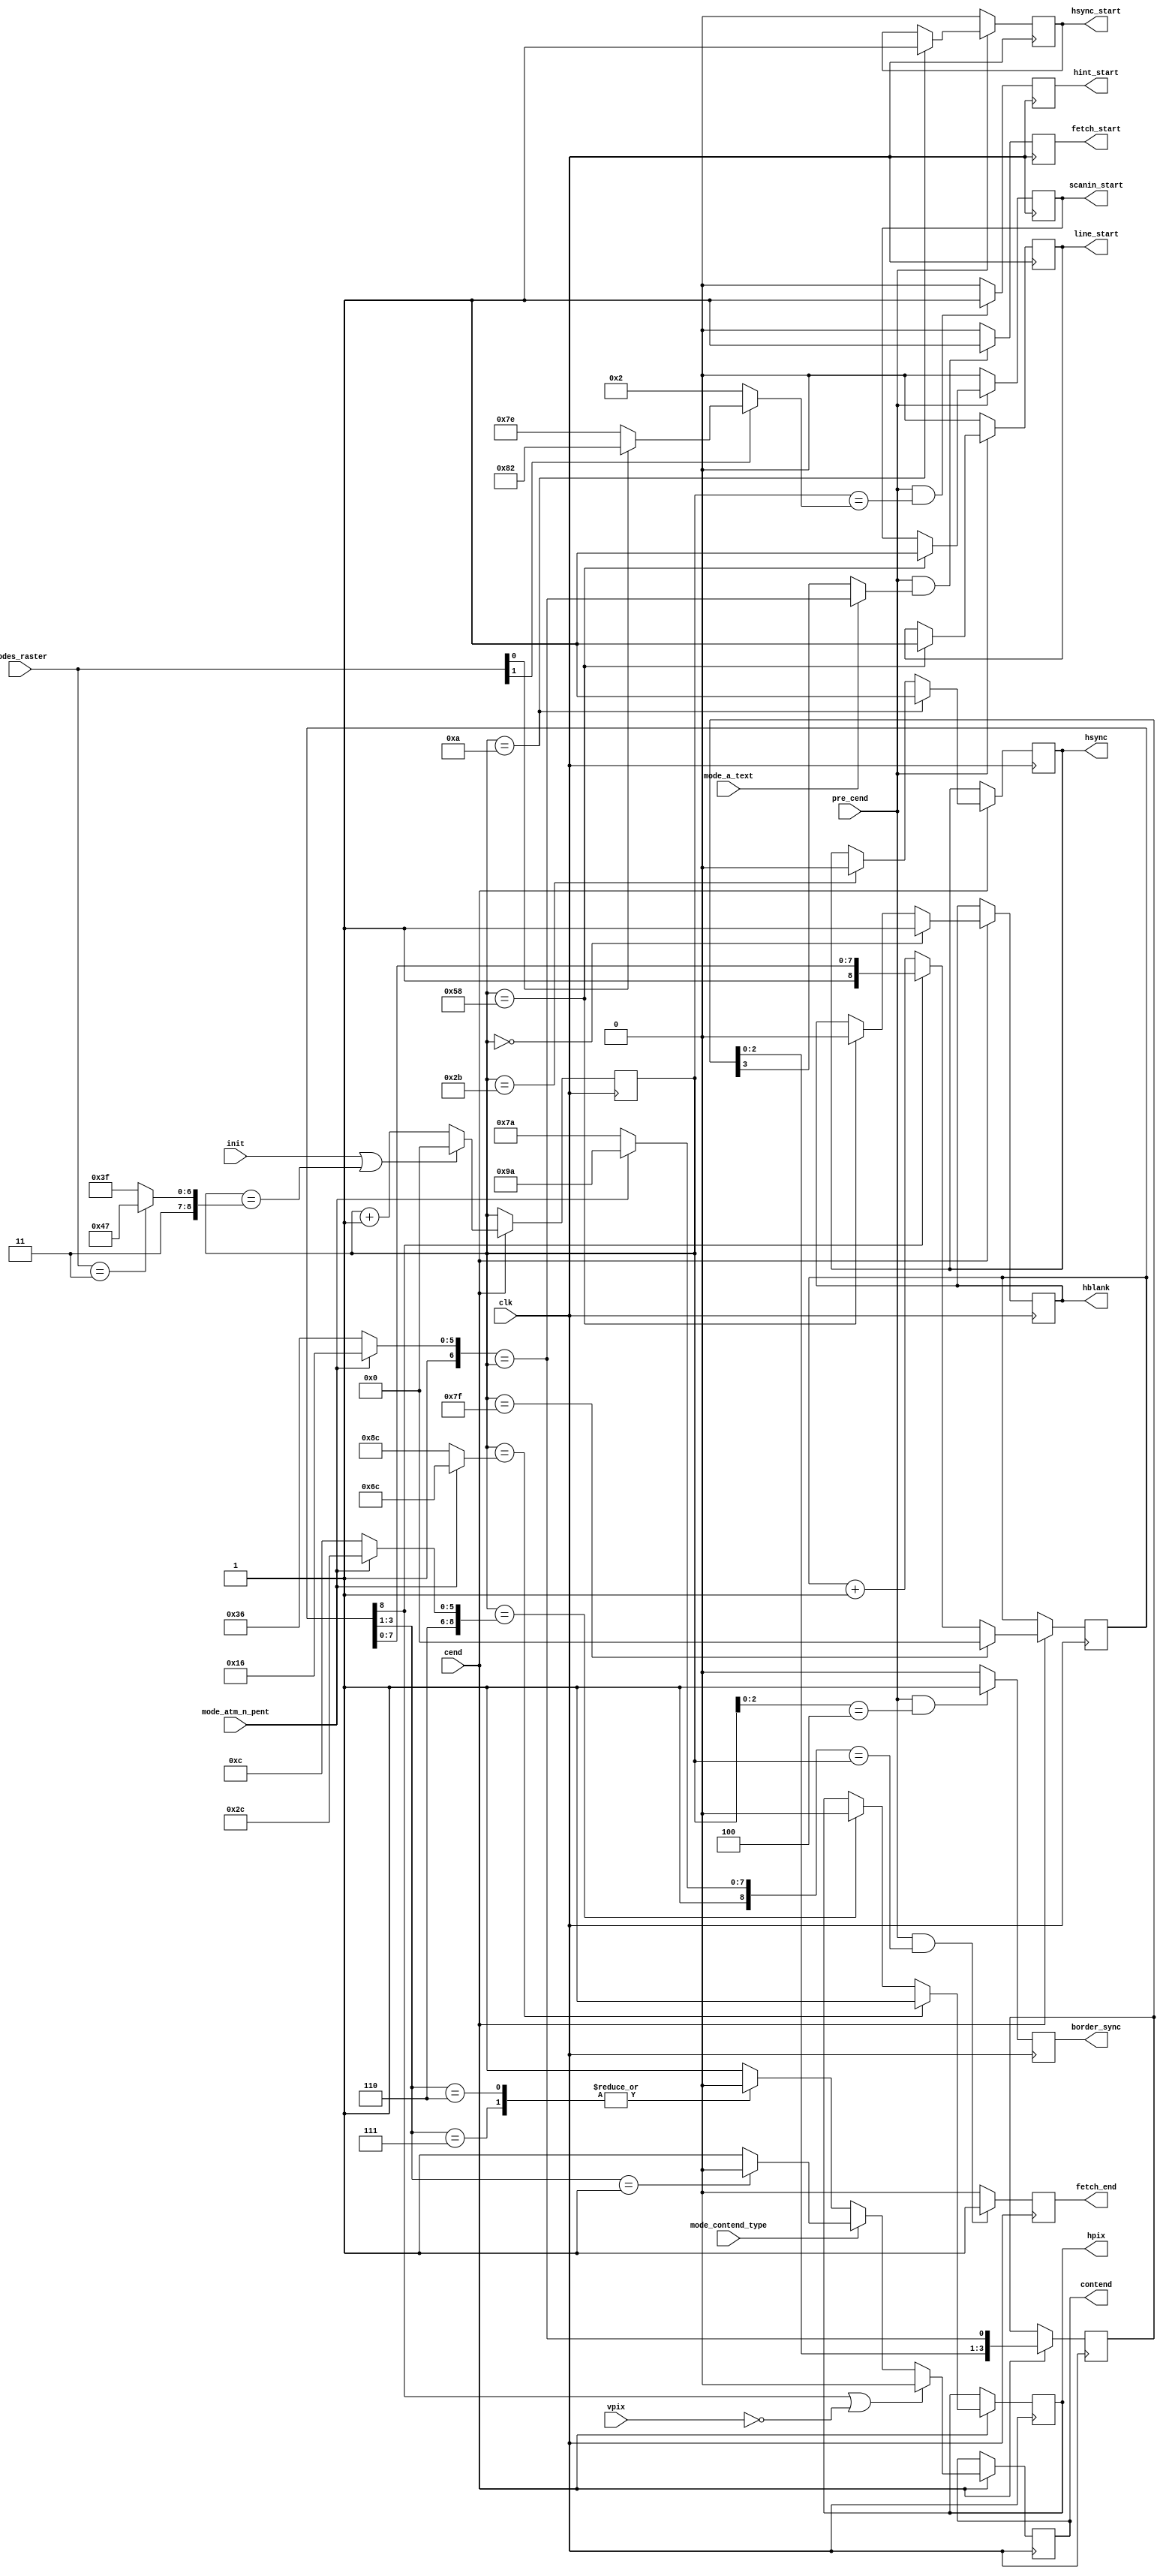
module video_sync_h(

	input  wire        clk,

	input  wire        init, // one-pulse strobe read at cend==1, initializes phase
	                         // this is mainly for phasing with CPU clock 3.5/7 MHz
	                         // still not used, but this may change anytime

	input  wire        cend,     // working strobes from DRAM controller (7MHz)
	input  wire        pre_cend,


	// modes inputs
	input  wire        mode_atm_n_pent,
	input  wire        mode_a_text,

	input  wire [ 1:0] modes_raster,
	input  wire        mode_contend_type, 

	output reg         hblank,
	output reg         hsync,

	output reg         line_start,  // 1 video cycle prior to actual start of visible line
	output reg         hsync_start, // 1 cycle prior to beginning of hsync: used in frame sync/blank generation
	                                // these signals coincide with cend

	output reg         hint_start, // horizontal position of INT start, for fine tuning

	output reg         scanin_start,

	input  wire        vpix,
	output reg         hpix, // marks gate during which pixels are outting

	output reg         contend, // for 48k/128k CPU contention

	output reg         border_sync, // for 48k/128k 4t border emulation

	                                // these signals turn on and turn off 'go' signal
	output reg         fetch_start, // 18 cycles earlier than hpix, coincide with cend
	output reg         fetch_end    // --//--

);


	localparam HBLNK_BEG = 9'd00;
	localparam HSYNC_BEG = 9'd10;
	localparam HSYNC_END = 9'd43;
	localparam HBLNK_END = 9'd88;

	// pentagon (x256)
	localparam HPIX_BEG_PENT = 9'd140; // 52 cycles from line_start to pixels beginning
	localparam HPIX_END_PENT = 9'd396;

	// atm (x320)
	localparam HPIX_BEG_ATM = 9'd108; // 52 cycles from line_start to pixels beginning
	localparam HPIX_END_ATM = 9'd428;


	localparam FETCH_FOREGO = 9'd18; // consistent with older go_start in older fetch.v:
	                                 // actual data starts fetching 2 dram cycles after
					 // 'go' goes to 1, screen output starts another
					 // 16 cycles after 1st data bundle is fetched


	localparam SCANIN_BEG = 9'd88; // when scan-doubler starts pixel storing


	localparam HINT_BEG      = 9'd2;
	localparam HINT_BEG_48K  = 9'd126;
	localparam HINT_BEG_128K = 9'd130;


	localparam HPERIOD_224 = 9'd448;
	localparam HPERIOD_228 = 9'd456;


	localparam CONTEND_START = 9'd127; // fixed for correct contend phase: coincides with positive edge of z80 clock
	//localparam CONTEND_START_48K  = 9'd132;
	//localparam CONTEND_START_128K = 9'd132;


	localparam BORDER_PHASE = 3'd4;


	reg [8:0] hcount;

	reg [8:0] contend_ctr;

	// for simulation only
	//
	initial
	begin
		hcount = 9'd0;
		hblank = 1'b0;
		hsync = 1'b0;
		line_start = 1'b0;
		hsync_start = 1'b0;
		hpix = 1'b0;
	end




	always @(posedge clk) if( cend )
	begin
            if(  init || hcount==( (modes_raster==2'b11) ? (HPERIOD_228-9'd1) : (HPERIOD_224-9'd1) )  )
            	hcount <= 9'd0;
            else
            	hcount <= hcount + 9'd1;
	end



	always @(posedge clk) if( cend )
	begin
		if( hcount==HBLNK_BEG )
			hblank <= 1'b1;
		else if( hcount==HBLNK_END )
			hblank <= 1'b0;


		if( hcount==HSYNC_BEG )
			hsync <= 1'b1;
		else if( hcount==HSYNC_END )
			hsync <= 1'b0;
	end


	always @(posedge clk)
	begin
		if( pre_cend )
		begin
			if( hcount==HSYNC_BEG )
				hsync_start <= 1'b1;

			if( hcount==HBLNK_END )
				line_start <= 1'b1;

			if( hcount==SCANIN_BEG )
				scanin_start <= 1'b1;

		end
		else
		begin
			hsync_start  <= 1'b0;
			line_start   <= 1'b0;
			scanin_start <= 1'b0;
		end
	end



	wire fetch_start_time, fetch_start_condition;
	wire fetch_end_condition;

	reg [3:0] fetch_start_wait;


	assign fetch_start_time = (mode_atm_n_pent                  ?
	                          (HPIX_BEG_ATM -FETCH_FOREGO-9'd4) :
	                          (HPIX_BEG_PENT-FETCH_FOREGO-9'd4) ) == hcount;

	always @(posedge clk) if( cend )
		fetch_start_wait[3:0] <= { fetch_start_wait[2:0], fetch_start_time };

	assign fetch_start_condition = mode_a_text ? fetch_start_time  : fetch_start_wait[3];

	always @(posedge clk)
	if( pre_cend && fetch_start_condition )
		fetch_start <= 1'b1;
	else
		fetch_start <= 1'b0;




	assign fetch_end_time = (mode_atm_n_pent             ?
	                        (HPIX_END_ATM -FETCH_FOREGO) :
	                        (HPIX_END_PENT-FETCH_FOREGO) ) == hcount;

	always @(posedge clk)
	if( pre_cend && fetch_end_time )
		fetch_end <= 1'b1;
	else
		fetch_end <= 1'b0;





	always @(posedge clk)
	begin
		if( pre_cend && hcount==( modes_raster[1] ? (modes_raster[0] ? HINT_BEG_128K : HINT_BEG_48K) : HINT_BEG ) )
			hint_start <= 1'b1;
		else
			hint_start <= 1'b0;
	end


	always @(posedge clk) if( cend )
	begin
		if( hcount==(mode_atm_n_pent ? HPIX_BEG_ATM : HPIX_BEG_PENT) )
			hpix <= 1'b1;
		else if( hcount==(mode_atm_n_pent ? HPIX_END_ATM : HPIX_END_PENT) )
			hpix <= 1'b0;
	end



	// contention generator
	initial
		contend_ctr <=9'h100;
	//
	always @(posedge clk) if( cend )
	begin
		if( hcount == CONTEND_START )
			contend_ctr <= 9'd0;
		else if( !contend_ctr[8] )
			contend_ctr <= contend_ctr + 9'd1;
	end
	//
	//
	always @(posedge clk) if( cend )
	begin
		if( contend_ctr[8] || !vpix )
			contend <= 1'b0;
		else if( !mode_contend_type )
		// 48k type contention
		case( contend_ctr[3:1] )
			3'd6,
			3'd7:    contend <= 1'b0;
			default: contend <= 1'b1;
		endcase
		else
		// +2a/+3 type contention
		case( contend_ctr[3:1] )
			3'd1:    contend <= 1'b0;
			default: contend <= 1'b1;
		endcase
		//
		// warning! probably +2a/+3 contention pattern is incorrect, it begins with 1 cycle contention but probably should end
		//  with one extra contention cycle. Anyway this is left as TODO.
		//
	end



	// border sync signal gen
	always @(posedge clk)
	if( pre_cend && hcount[2:0]==BORDER_PHASE )
		border_sync <= 1'b1;
	else
		border_sync <= 1'b0;
		


endmodule